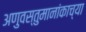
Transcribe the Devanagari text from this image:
अणुवस्तुमानांकाच्या